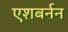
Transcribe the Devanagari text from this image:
एशबर्नन